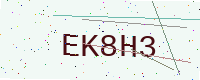
Text: EK8H3